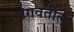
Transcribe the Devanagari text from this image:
उगवतील